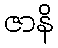
ဇာနိ